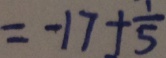
= - 1 7 + \frac { 1 } { 5 }